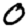
Digit: 0